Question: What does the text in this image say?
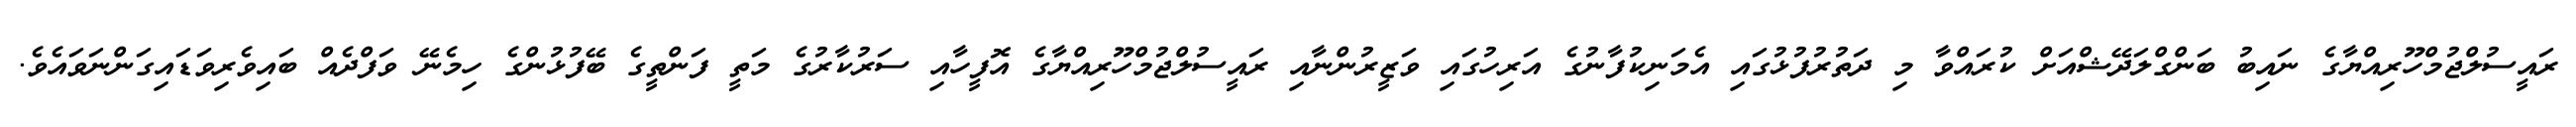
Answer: ރައީސުލްޖުމްހޫރިއްޔާގެ ނައިބު ބަންގްލަދޭޝްއަށް ކުރައްވާ މި ދަތުރުފުޅުގައި އެމަނިކުފާނުގެ އަރިހުގައި ވަޒީރުންނާއި ރައީސުލްޖުމްހޫރިއްޔާގެ އޮފީހާއި ސަރުކާރުގެ މަތީ ފަންތީގެ ބޭފުޅުންގެ ހިމެނޭ ވަފްދެއް ބައިވެރިވަޑައިގަންނަވައެވެ.